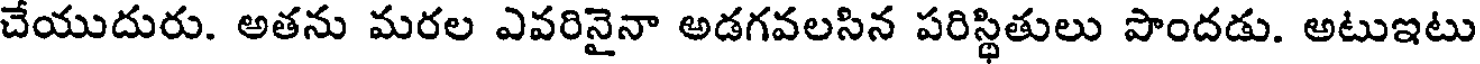
చేయుదురు. అతను మరల ఎవరినైనా అడగవలసిన పరిస్థితులు పొందడు. అటుఇటు